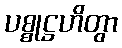
ပစ္စုဋ္ဌဟိတွာ